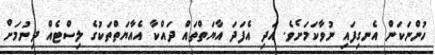
ހުންނަކަން އެނގިފައި ނުވާކަމަށެވެ. އަދި އެފަދަ އާޔަތްތައް ދައްކާ އެއާޔަތްތަކުގެ ލިސްޓެއް ދިނުމަށް